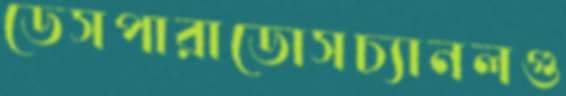
ডেসপারাডোসচ্যানলগু